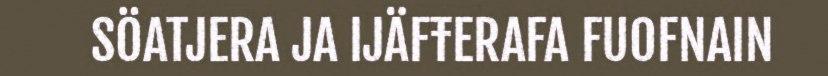
SÖATJERA JA IJÄFŦERAFA FUOFNAIN